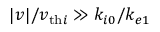
| \boldsymbol { v } | / v _ { \mathrm { t h } i } \gg k _ { i 0 } / k _ { e 1 }